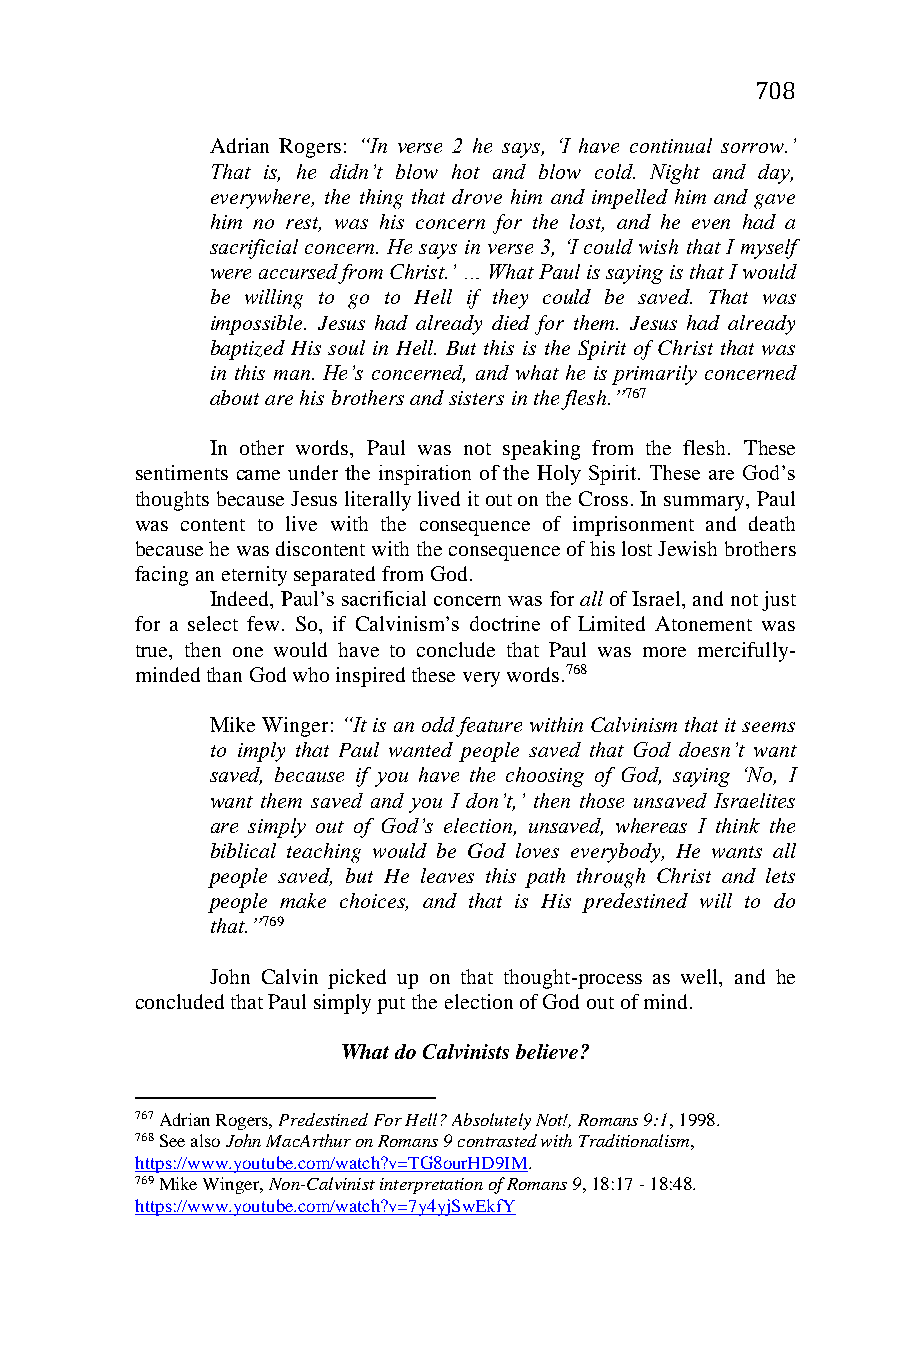
708
 Adrian Rogers: “In verse 2 he says, ‘I have continual sorrow.’
 That is, he didn’t blow hot and blow cold. Night and day,
 everywhere, the thing that drove him and impelled him and gave
 him no rest, was his concern for the lost, and he even had a
 sacrificial concern. He says in verse 3, ‘I could wish that I myself
 were accursed from Christ.’ … What Paul is saying is that I would
 be willing to go to Hell if they could be saved. That was
 impossible. Jesus had already died for them. Jesus had already
 baptized His soul in Hell. But this is the Spirit of Christ that was
 in this man. He’s concerned, and what he is primarily concerned
 about are his brothers and sisters in the flesh.”767
 In other words, Paul was not speaking from the flesh. These
 sentiments came under the inspiration of the Holy Spirit. These are God’s
 thoughts because Jesus literally lived it out on the Cross. In summary, Paul
 was content to live with the consequence of imprisonment and death
 because he was discontent with the consequence of his lost Jewish brothers
 facing an eternity separated from God.
 Indeed, Paul’s sacrificial concern was for all of Israel, and not just
 for a select few. So, if Calvinism’s doctrine of Limited Atonement was
 true, then one would have to conclude that Paul was more mercifully-
 minded than God who inspired these very words.768
 Mike Winger: “It is an odd feature within Calvinism that it seems
 to imply that Paul wanted people saved that God doesn’t want
 saved, because if you have the choosing of God, saying ‘No, I
 want them saved and you I don’t,’ then those unsaved Israelites
 are simply out of God’s election, unsaved, whereas I think the
 biblical teaching would be God loves everybody, He wants all
 people saved, but He leaves this path through Christ and lets
 people make choices, and that is His predestined will to do
 that.”769
 John Calvin picked up on that thought-process as well, and he
 concluded that Paul simply put the election of God out of mind.
 What do Calvinists believe?
 767 Adrian Rogers, Predestined For Hell? Absolutely Not!, Romans 9:1, 1998.
 768 See also John MacArthur on Romans 9 contrasted with Traditionalism,
 https://www.youtube.com/watch?v=TG8ourHD9IM.
 769 Mike Winger, Non-Calvinist interpretation of Romans 9, 18:17 - 18:48.
 https://www.youtube.com/watch?v=7y4yjSwEkfY